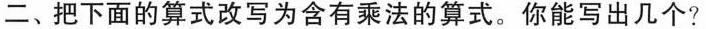
二、把下面的算式改写为含有乘法的算式。你能写出几个?